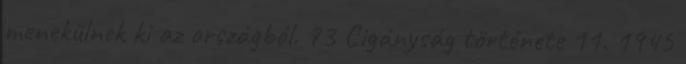
menekülnek ki az országból. 73 Cigányság története 11. 1945